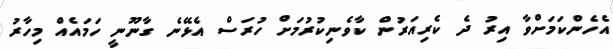
އެހެންކަމަށްވާ އިރު ދެ ކެރިއަރުން ކާވެނިކުރުމަށް ހުރަސް އެޅޭނެ ގާނޫނީ ހަމައެއް މިހާރު